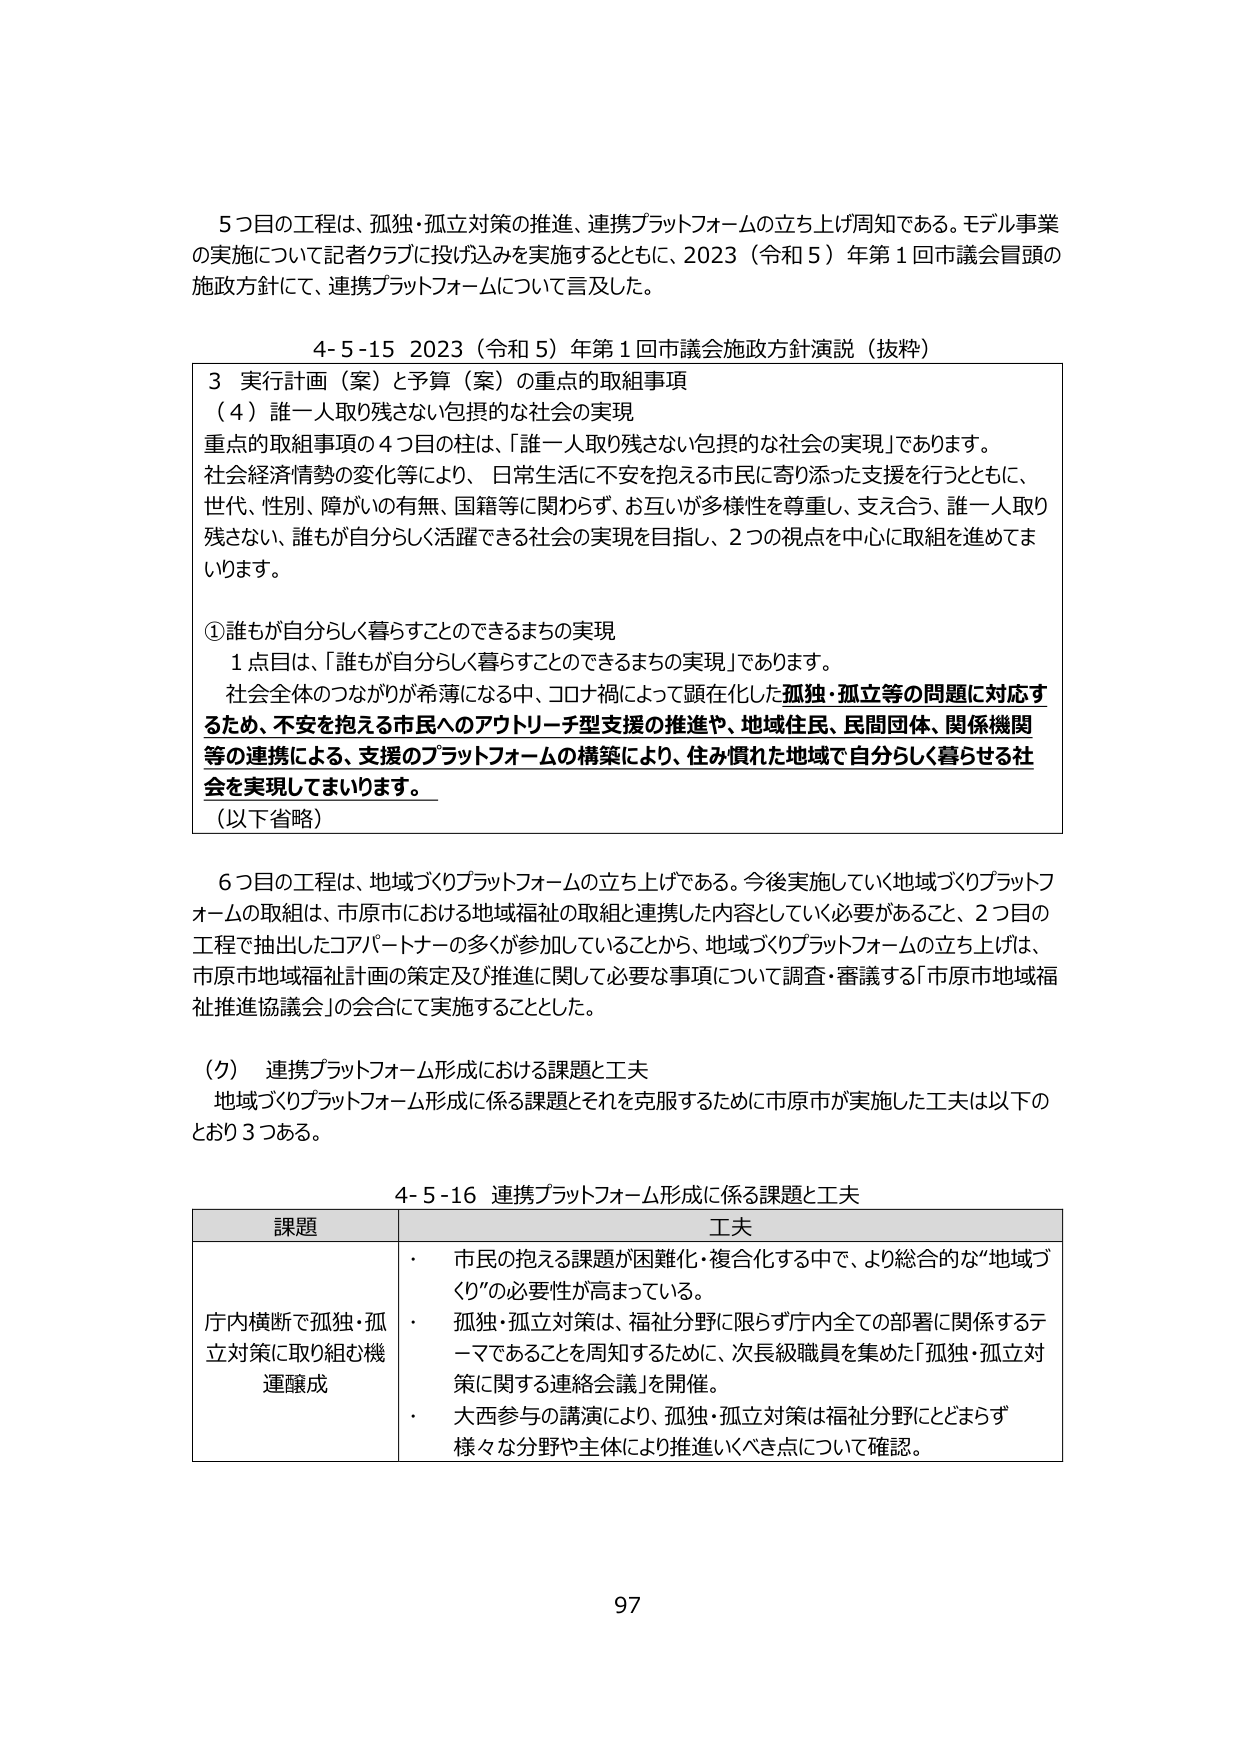
5つ目の工程は、孤独・孤立対策の推進、連携プラットフォームの立ち上げ周知である。モデル事業の実施について記者クラブに投げ込みを実施するとともに、2023（令和5）年第1回市議会冒頭の施政方針にて、連携プラットフォームについて言及した。

4-5-15 2023（令和5）年第1回市議会施政方針演説（抜粋）

3 実行計画（案）と予算（案）の重点的取組事項
（4）誰一人取り残さない包摂的な社会の実現
重点的取組事項の4つ目の柱は、「誰一人取り残さない包摂的な社会の実現」であります。
社会経済情勢の変化等により、日常生活に不安を抱える市民に寄り添った支援を行うとともに、世代、性別、障がいの有無、国籍等に関わらず、お互いが多様性を尊重し、支え合う、誰一人取り残さない、誰もが自分らしく活躍できる社会の実現を目指し、2つの視点を中心に取組を進めてまいります。

①誰もが自分らしく暮らすことのできるまちの実現
1点目は、「誰もが自分らしく暮らすことのできるまちの実現」であります。
社会全体のつながりが希薄になる中、コロナ禍によって顕在化した孤独・孤立等の問題に対応するため、不安を抱える市民へのアウトリーチ型支援の推進や、地域住民、民間団体、関係機関等の連携による、支援のプラットフォームの構築により、住み慣れた地域で自分らしく暮らせる社会を実現してまいります。
（以下省略）

6つ目の工程は、地域づくりプラットフォームの立ち上げである。今後実施していく地域づくりプラットフォームの取組は、市原市における地域福祉の取組と連携した内容としていく必要があること、2つ目の工程で抽出したコアパートナーの多くが参加していることから、地域づくりプラットフォームの立ち上げは、市原市地域福祉計画の策定及び推進に関して必要な事項について調査・審議する「市原市地域福祉推進協議会」の会合にて実施することとした。

（ク） 連携プラットフォーム形成における課題と工夫
地域づくりプラットフォーム形成に係る課題とそれを克服するために市原市が実施した工夫は以下のとおり3つある。

4-5-16 連携プラットフォーム形成に係る課題と工夫

課題